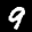
Label: 9